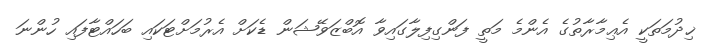
ޚިދުމަތަކީ އެޢިމާރާތުގެ އެންމެ މަތީ ފަންގިފިލާގައިވާ އޮބްޒަވޭޝަން ޑެކަށް އެރުމަށްޓަކައި ބަހައްޓާފައި ހުންނަ